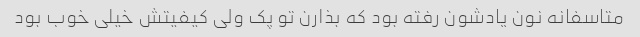
متاسفانه نون یادشون رفته بود که بذارن تو پک ولی کیفیتش خیلی خوب بود